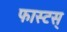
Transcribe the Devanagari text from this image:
फास्टस्